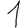
Digit: 1